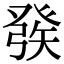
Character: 𤼵